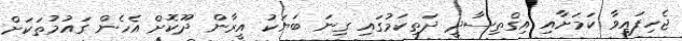
ޖެހިފައިވާ ކަމަށާއި އިގްތިސާދީ ދަތިކަމުގައި ގިނަ ބަޔަކު އީރާން ދޫކޮށް އެހެން ގައުމުތަކަށް